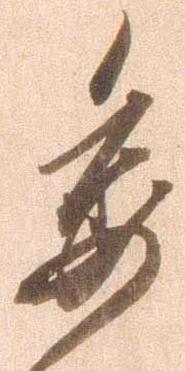
委